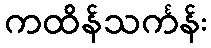
ကထိန်သင်္ကန်း